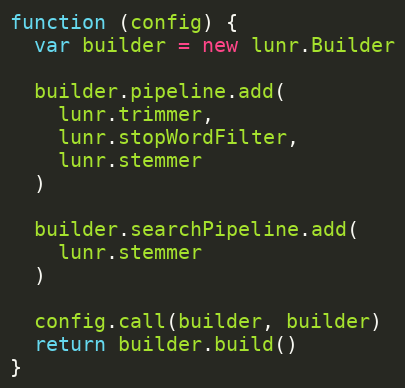
Language: JavaScript
function (config) {
  var builder = new lunr.Builder

  builder.pipeline.add(
    lunr.trimmer,
    lunr.stopWordFilter,
    lunr.stemmer
  )

  builder.searchPipeline.add(
    lunr.stemmer
  )

  config.call(builder, builder)
  return builder.build()
}